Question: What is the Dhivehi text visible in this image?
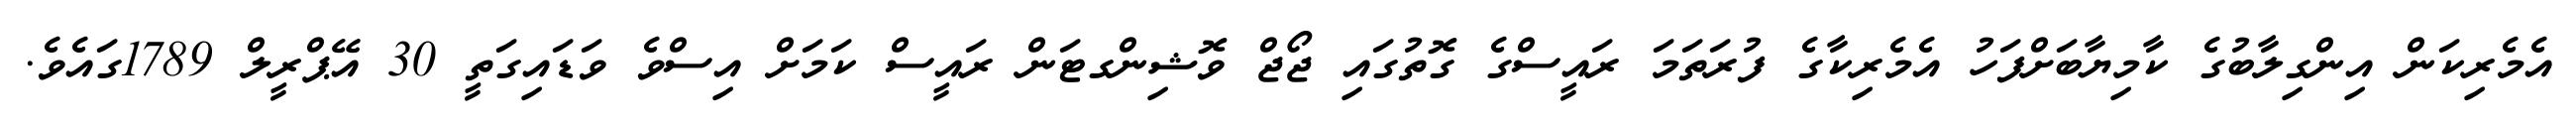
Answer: އެމެރިކަން އިންގިލާބުގެ ކާމިޔާބަށްފަހު އެމެރިކާގެ ފުރަތަމަ ރައީސްގެ ގޮތުގައި ޖޯޖް ވޮޝިންގޓަން ރައީސް ކަމަށް އިސްވެ ވަޑައިގަތީ 30 އޭޕްރީލް 1789ގައެވެ.